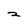
Character: 2